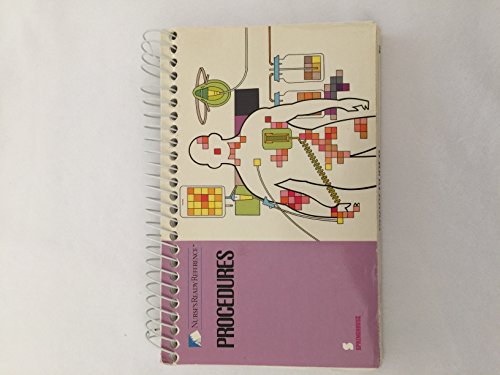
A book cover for Procedures (Nurse's Ready Reference); Springhouse Publishing; Medical Books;